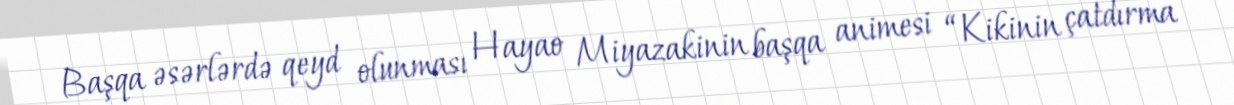
Başqa əsərlərdə qeyd olunması Hayao Miyazakinin başqa animesi “Kikinin çatdırma